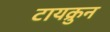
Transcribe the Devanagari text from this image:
टायक्रुन